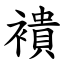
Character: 䙡